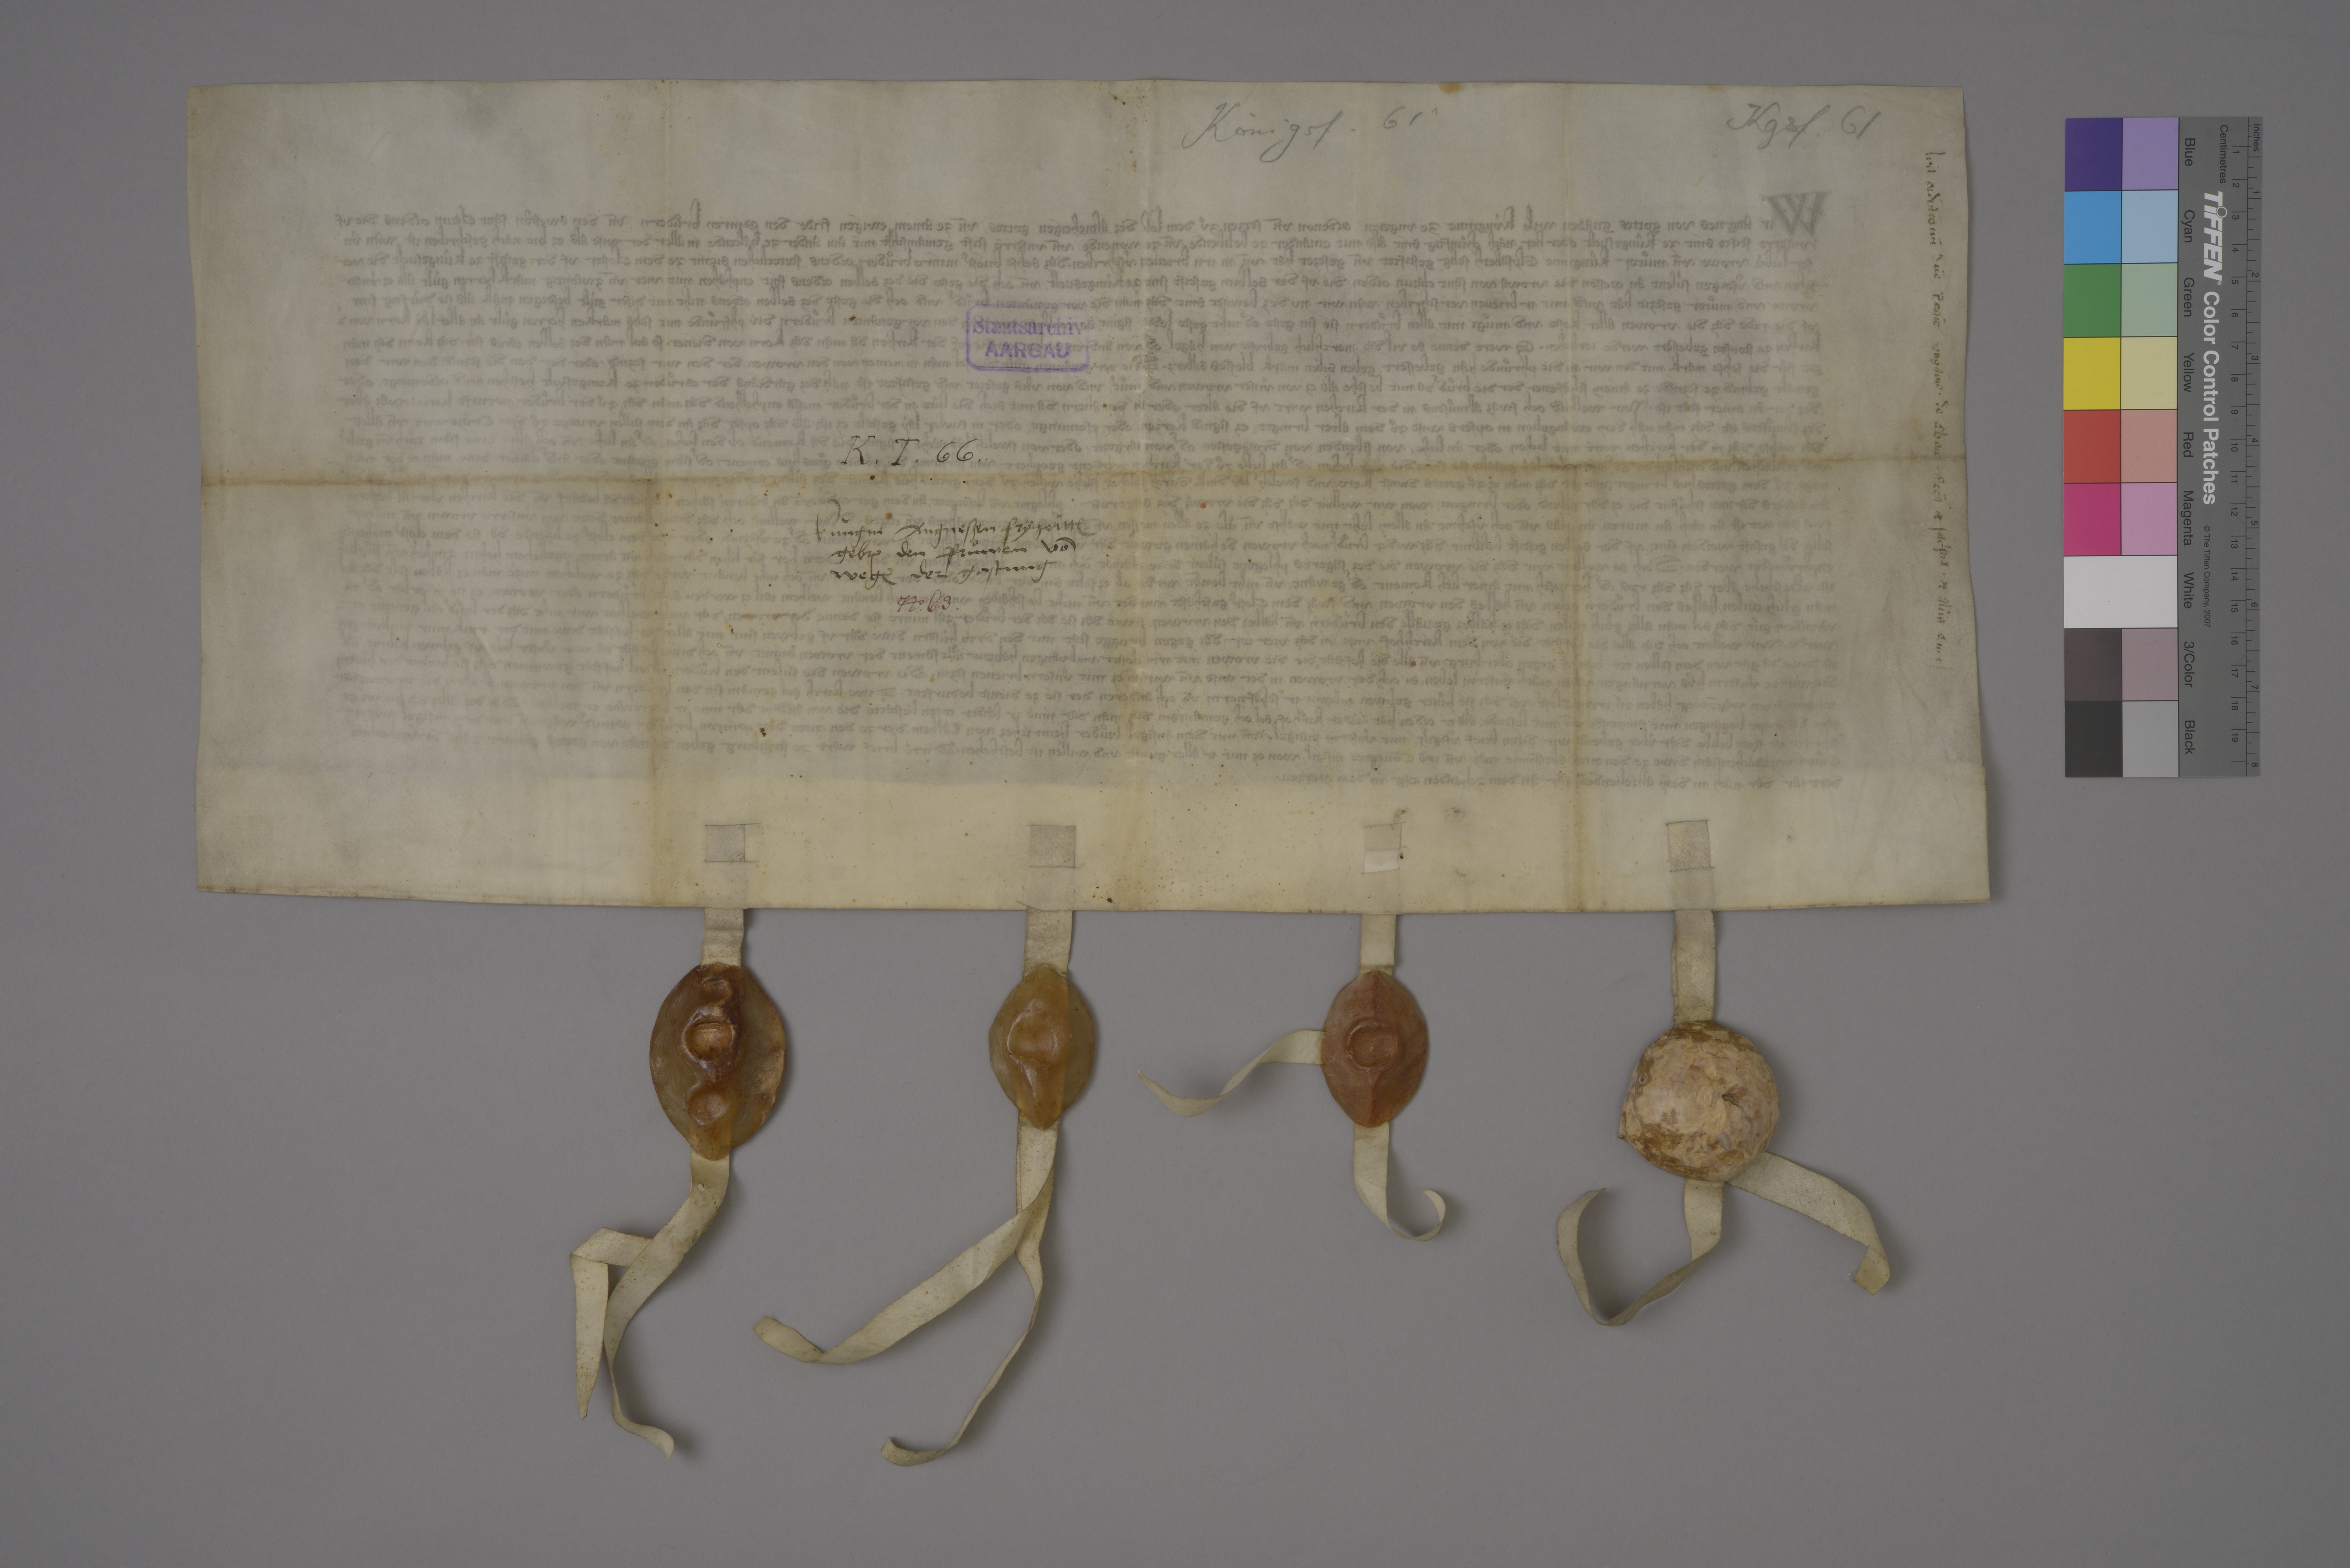
Kgsf. 61

Königsf. 61

lr̄a ordīac̄onū dnē regiē Ungarie ✳ de c  ✳ eccā ꝫ sacʼstia ✳ ꝫ aliis e  ✳

Staatsarchiv
AARGAU

K. T. 66.

kùngin Angneszen fryheitt₎
geb₎ den fruͦwen vō
weg₎ der gastung

Nͦ✳ 63 ✳